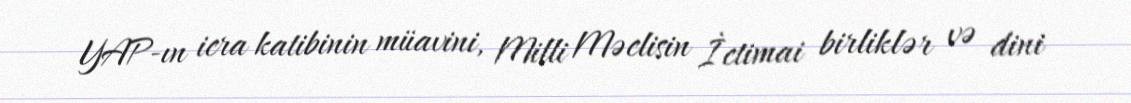
YAP-ın icra katibinin müavini, Milli Məclisin İctimai birliklər və dini